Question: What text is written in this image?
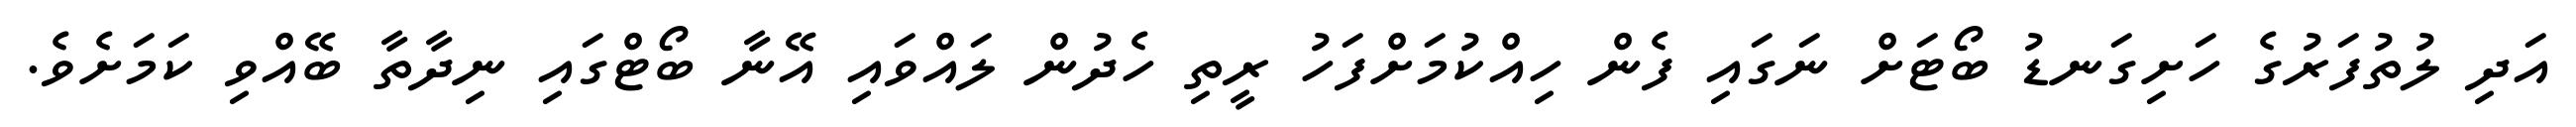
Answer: އަދި ލުތުފަރުގެ ހަށިގަނޑު ބޯޓަށް ނަގައި ފެން ހިއްކުމަށްފަހު ރީތި ހެދުން ލައްވައި އޭނާ ބޯޓްގައި ނިދާތާ ބޭއްވި ކަމަށެވެ.